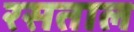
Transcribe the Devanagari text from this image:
रसताल